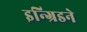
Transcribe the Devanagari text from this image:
इन्ग्रिडने